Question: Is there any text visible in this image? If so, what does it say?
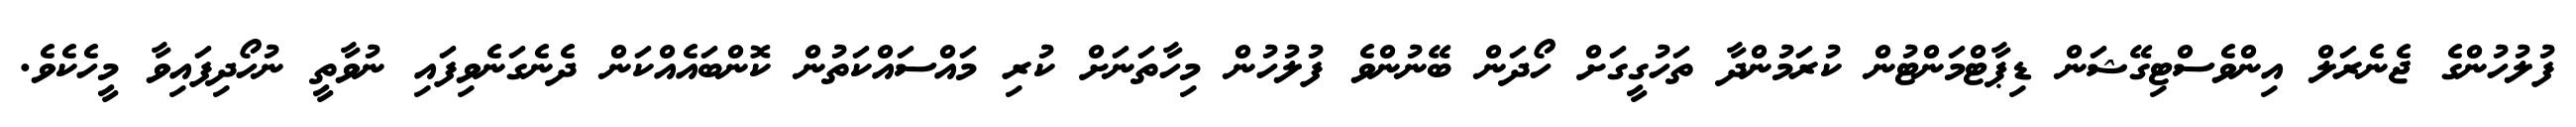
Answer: ފުލުހުންގެ ޖެނެރަލް އިންވެސްޓިގޭޝަން ޑިޕާޓްމަންޓުން ކުރަމުންދާ ތަހުގީގަށް ހޯދަން ބޭނުންވެ ފުލުހުން މިހާތަނަށް ކުރި މައްސައްކަތުން ކޮންބައެއްކަން ދެނެގަނެވިފައި ނުވާތީ ނުހޯދިފައިވާ މީހެކެވެ.